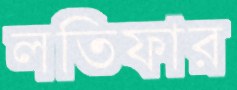
লতিফার